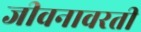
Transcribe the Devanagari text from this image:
जीवनावरती